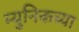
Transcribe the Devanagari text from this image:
म्युनिकच्या